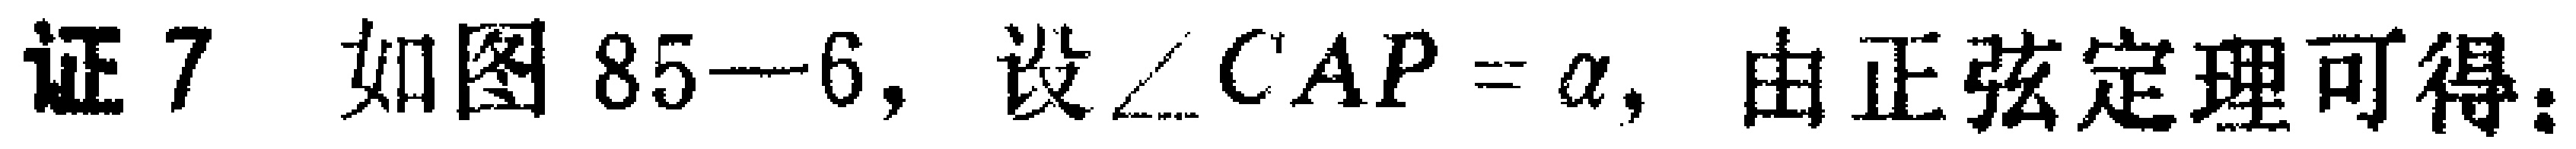
证 7 如图 85--6, 设$\angle CAP = \alpha$, 由正弦定理可得：